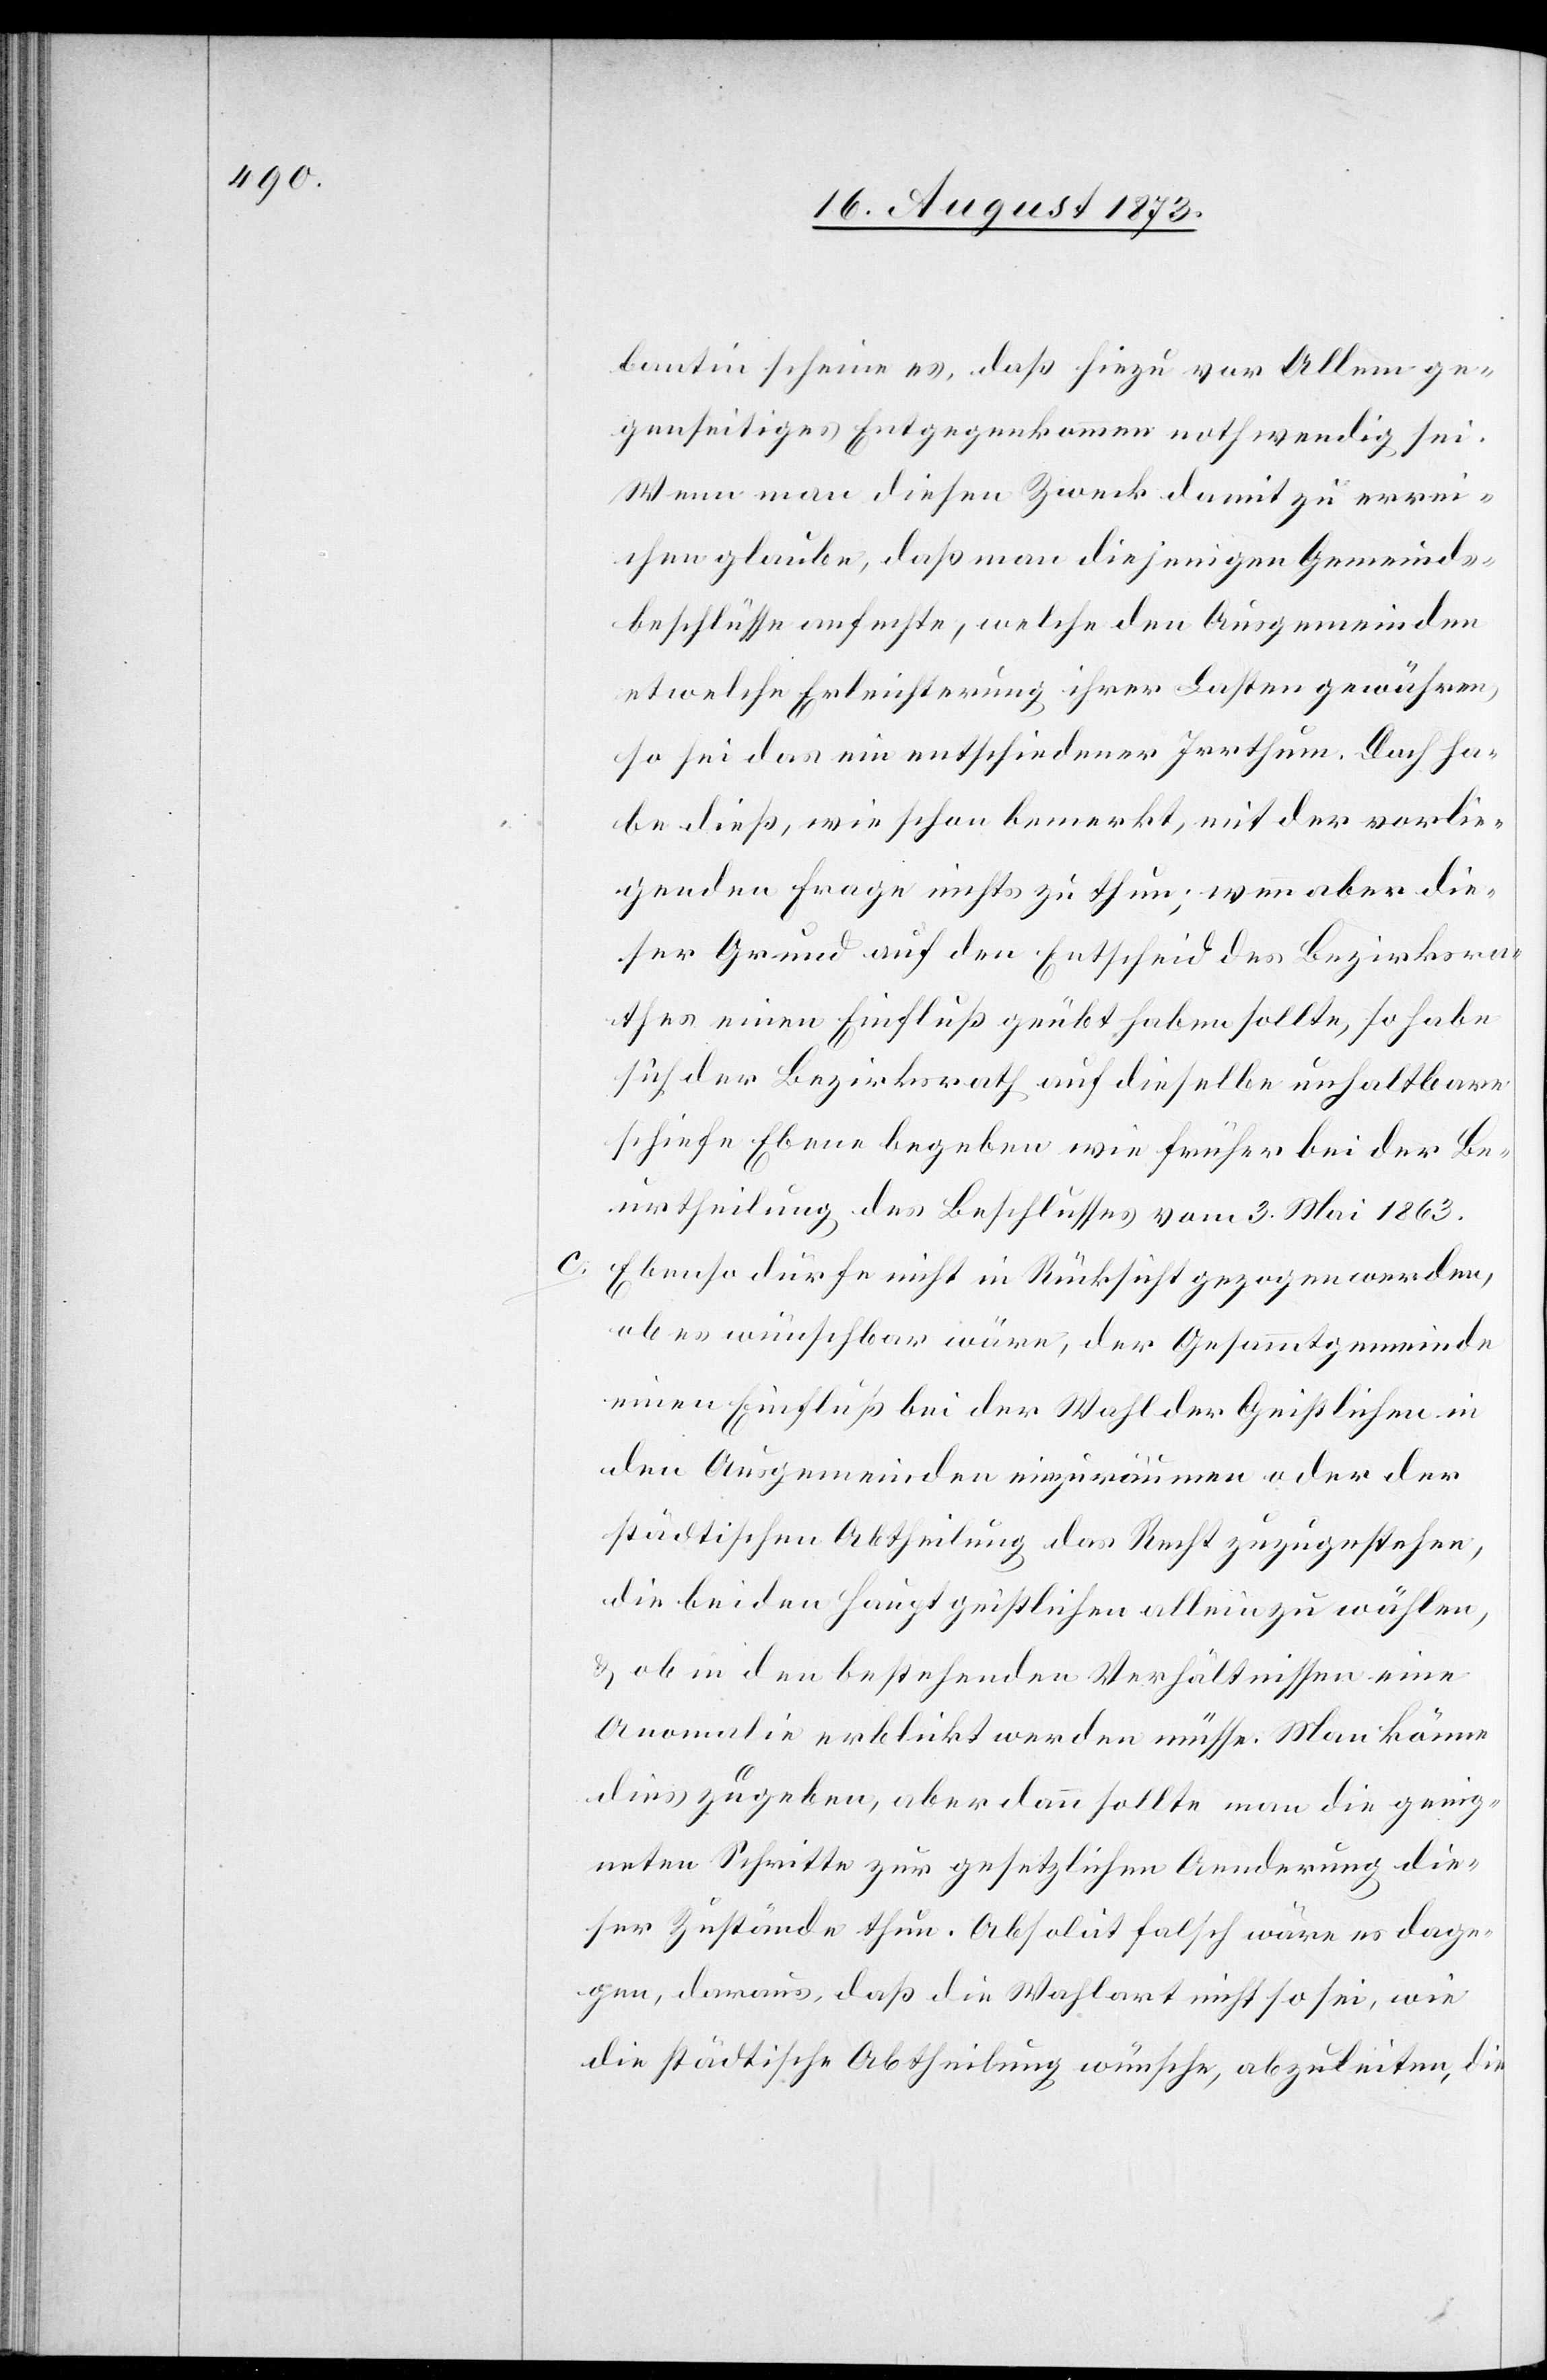
lantin scheine es, daß hiezu vor Allem ge¬
genseitiges Entgegenkommen nothwendig sei.
Wenn man diesen Zweck damit zu errei¬
chen glaube, daß man diejenigen Gemeinds¬
beschlüsse anfechte, welche den Ausgemeinden
etwelche Erleichterung ihrer Lasten gewähren,
so sei das ein entschiedener Irrthum. Doch ha¬
be dieß, wie schon bemerkt, mit der vorlie¬
genden Frage nichts zu thun; wenn aber die¬
ser Grund auf den Entscheid des Bezirksra¬
thes einen Einfluß geübt haben sollte, so habe
sich der Bezirksrath auf dieselbe unhaltbare
schiefe Ebene begeben wie früher bei der Be¬
urtheilung des Beschlusses vom 3. Mai 1863.
Ebenso dürfe nicht in Rücksicht gezogen werden,
ob es wünschbar wäre, der Gesammtgemeinde
einen Einfluß bei der Wahl der Geistlichen in
den Ausgemeinden einzuräumen oder der
städtischen Abtheilung das Recht zuzugestehen,
die beiden Hauptgeistlichen allein zu wählen,
& ob in den bestehenden Verhältnissen eine
Anomalie erblickt werden müsse. Man könne
dies zugeben, aber dann sollte man die geeig¬
neten Schritte zur gesetzlichen Aenderung die¬
ser Zustände thun. Absolut falsch wäre es dage¬
gen, daraus, daß die Wahlart nicht so sei, wie
die städtische Abtheilung wünsche, abzuleiten, die